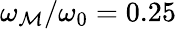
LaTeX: \omega_{\mathcal{M}}/\omega_{0}=0.25